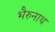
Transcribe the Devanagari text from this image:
भैरुनाथ